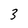
Character: 3